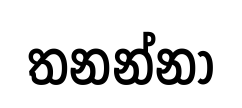
තනන්නා